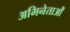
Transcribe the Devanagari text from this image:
अभिनेताओँ